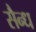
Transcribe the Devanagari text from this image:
सैन्ध